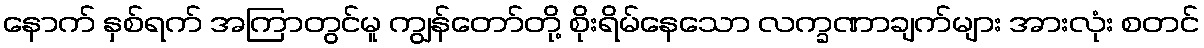
နောက် နှစ်ရက် အကြာတွင်မူ ကျွန်တော်တို့ စိုးရိမ်နေသော လက္ခဏာချက်များ အားလုံး စတင်